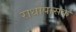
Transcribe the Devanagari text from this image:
राधोपासक